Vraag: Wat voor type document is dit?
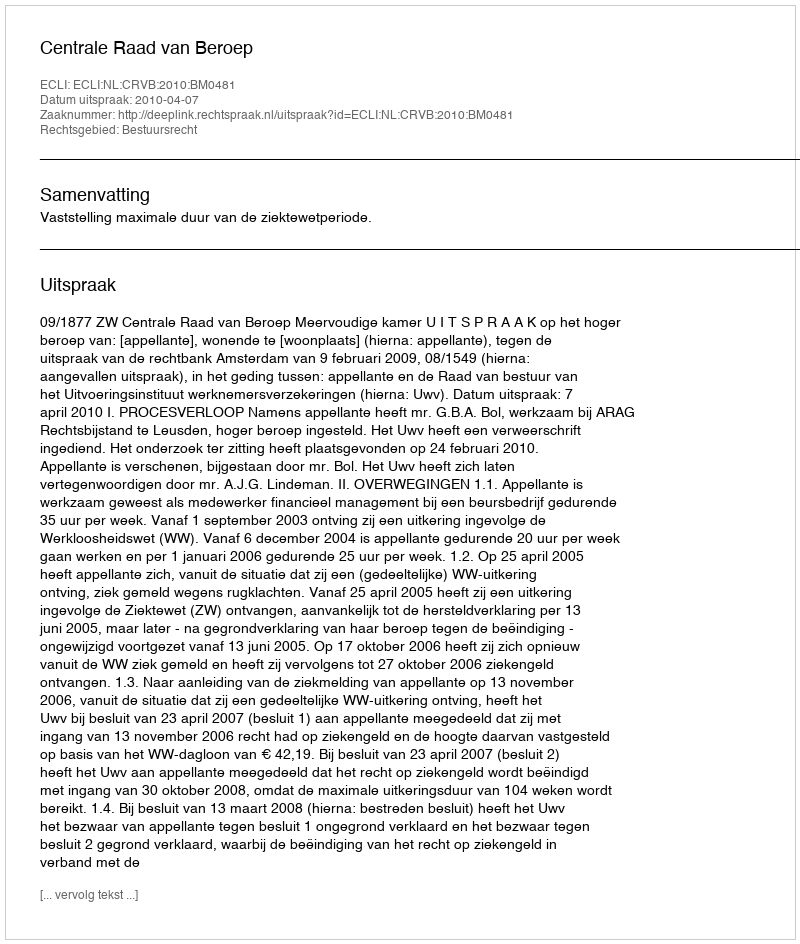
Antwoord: Uitspraak